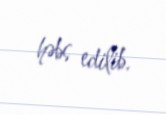
həbs edilib.